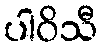
ပါဝိသီ